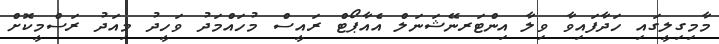
މާމިގިލީގައި ހަދާފައިވާ ވިލާ އިންޓަރނޭޝަނަލް އެއާޕޯޓް ރައީސް މުހައްމަދު ވަހީދު މިއަދު ރަސްމީކޮށް